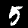
Label: 5